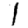
Digit: 1